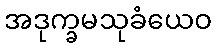
အဒုက္ခမသုခံယေဝ